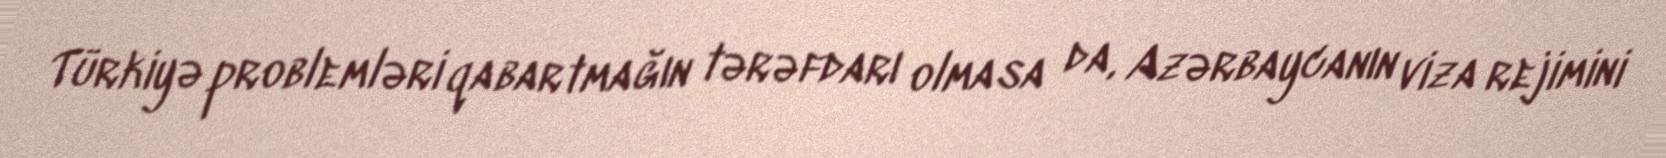
Türkiyə problemləri qabartmağın tərəfdarı olmasa da, Azərbaycanın viza rejimini